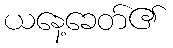
ယနေ့ခေတ်၏